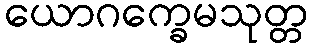
ယောဂက္ခေမသုတ္တ